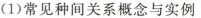
( 1 ) 常见种间关系概念与实例